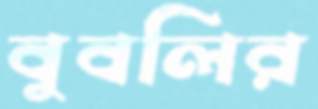
বুবলির